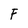
Character: F